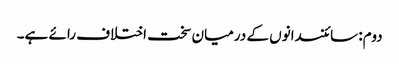
دوم: سائنسدانوں کے درمیان سخت اختلاف رائے ہے۔